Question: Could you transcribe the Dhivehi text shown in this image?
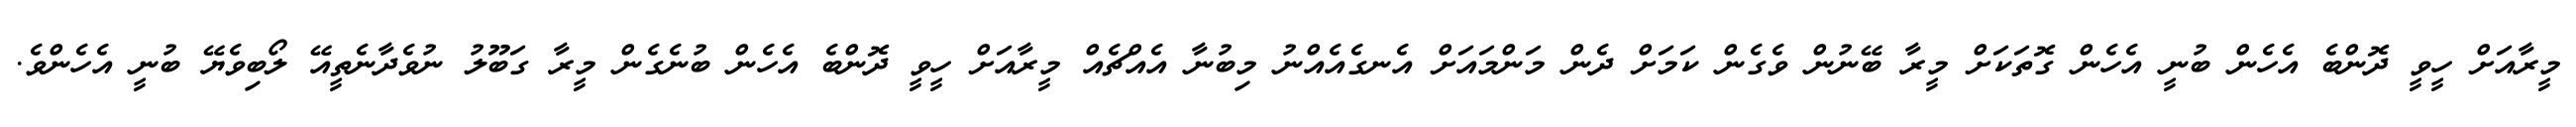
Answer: މީރާއަށް ހީވީ ދޮންބެ އެހެން ބުނީ އެހެން ގޮތަކަށް މީރާ ބޭނުން ވެގެން ކަމަށް ދެން މަންމައަށް އެނގެއެއްނު މިބުނާ އެއްޗެއް މީރާއަށް ހީވީ ދޮންބެ އެހެން ބުނެގެން މީރާ ގަބޫލު ނުވެދާނެތީއޭ ލޯބިވެޔޭ ބުނީ އެހެންވެ.